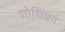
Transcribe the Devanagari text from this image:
गोधिका